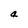
Character: a